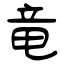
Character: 竜